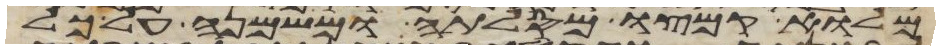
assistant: מלוא קמצו מסלתה ומשמנה על כל